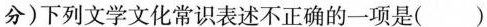
分)下列文学文化常识表述不正确的一项是( )